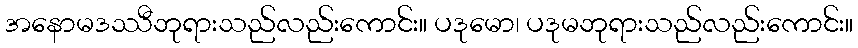
အနောမဒဿီဘုရားသည်လည်းကောင်း။ ပဒုမော၊ ပဒုမဘုရားသည်လည်းကောင်း။